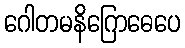
ဂေါတမနိဂြောဓေပေ